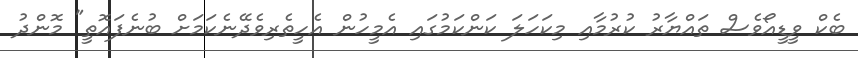
ބެކް ވީޑީއޯވެސް ތައްޔާރު ކުރުމާއި މިކަހަލަ ކަންކަމުގައި އެމީހުން އެހީތެރިވެދޭނެކަމަށް ބުނެފައޮތީ" މޮންދު